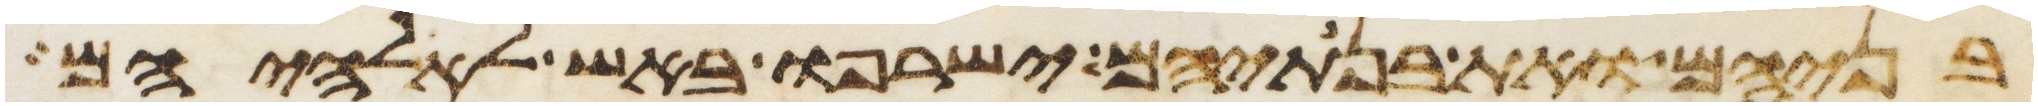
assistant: בניהם ואת בנתיהם ישרפו באש לאלהיהם